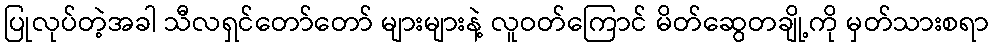
ပြုလုပ်တဲ့အခါ သီလရှင်တော်တော် များများနဲ့ လူဝတ်ကြောင် မိတ်ဆွေတချို့ကို မှတ်သားစရာ